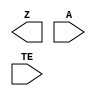
module sky130_fd_sc_lp__einvp (
    Z ,
    A ,
    TE
);

    output Z ;
    input  A ;
    input  TE;

    // Voltage supply signals
    supply1 VPWR;
    supply0 VGND;
    supply1 VPB ;
    supply0 VNB ;

endmodule